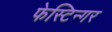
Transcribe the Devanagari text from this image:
फेस्टिन्गर